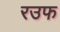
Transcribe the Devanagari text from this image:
रउफ